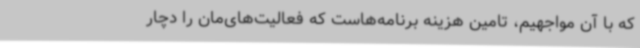
که با آن مواجهیم، تامین هزینه برنامه‌هاست که فعالیت‌های‌مان را دچار